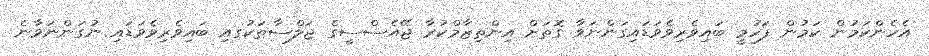
އެހެންކަމުން ކަމުން ފަހުމީ ބައިވެރިވެވަޑައިގަންނަވާ ގޮތަށް އިންތިޒާމްކުރާ ޖޭއެސްސީގެ ޖަލްސާތަކުަގއި ބައިވެރިވެވަޑައި ނުގަންނަވާނެ